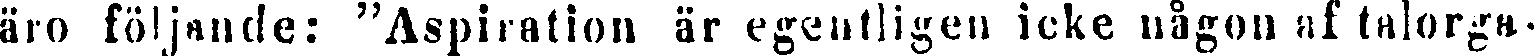
äro följande: "Aspiration är egentligen icke någon af talorga-